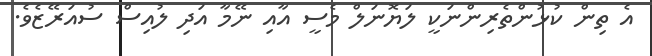
އެ ތިން ކުޅުންތެރިންނަކީ ލަޔޮނަލް މެސީ އާއި ނޭމާ އަދި ލުއިސް ސުއަރޭޒެވެ.